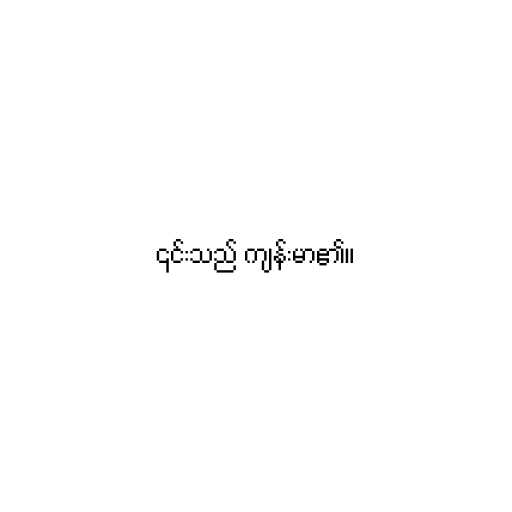
၎င်းသည် ကျန်းမာ၏။